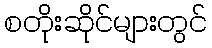
စတိုးဆိုင်များတွင်